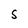
Character: S